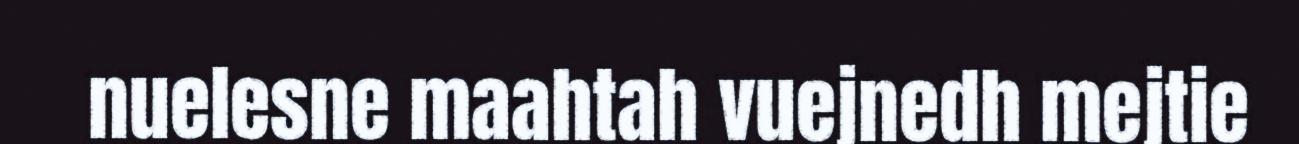
nuelesne maahtah vuejnedh mejtie